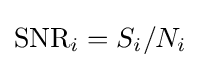
{\text{SNR}}_{i}=S_{i}/N_{i}